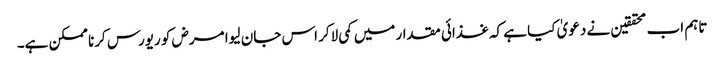
تاہم اب محققین نے دعویٰ کیا ہے کہ غذائی مقدار میں کمی لاکر اس جان لیوا مرض کو ریورس کرنا ممکن ہے۔